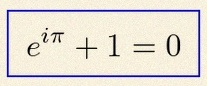
e^{i\pi}+1=0